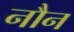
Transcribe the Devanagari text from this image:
नौन